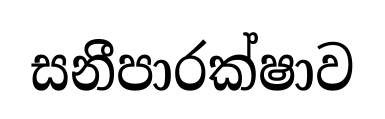
සනීපාරක්ෂාව